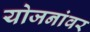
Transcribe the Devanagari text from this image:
योजनांवर